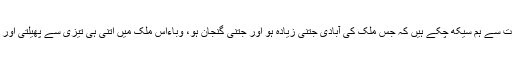
ماضی میں پھیلنے والی وباﺅں کے تجربات سے ہم سیکھ چکے ہیں کہ جس ملک کی آبادی جتنی زیادہ ہو اور جتنی گنجان ہو، وباءاس ملک میں اتنی ہی تیزی سے پھیلتی اور اتنے ہی زیادہ لوگوں کو متاثر کرتی ہے۔